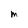
Character: m